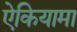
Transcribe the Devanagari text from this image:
ऐकियामा